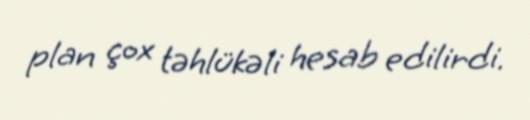
plan çox təhlükəli hesab edilirdi.